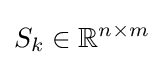
S_{k}\in \mathbb {R} ^{n\times m}